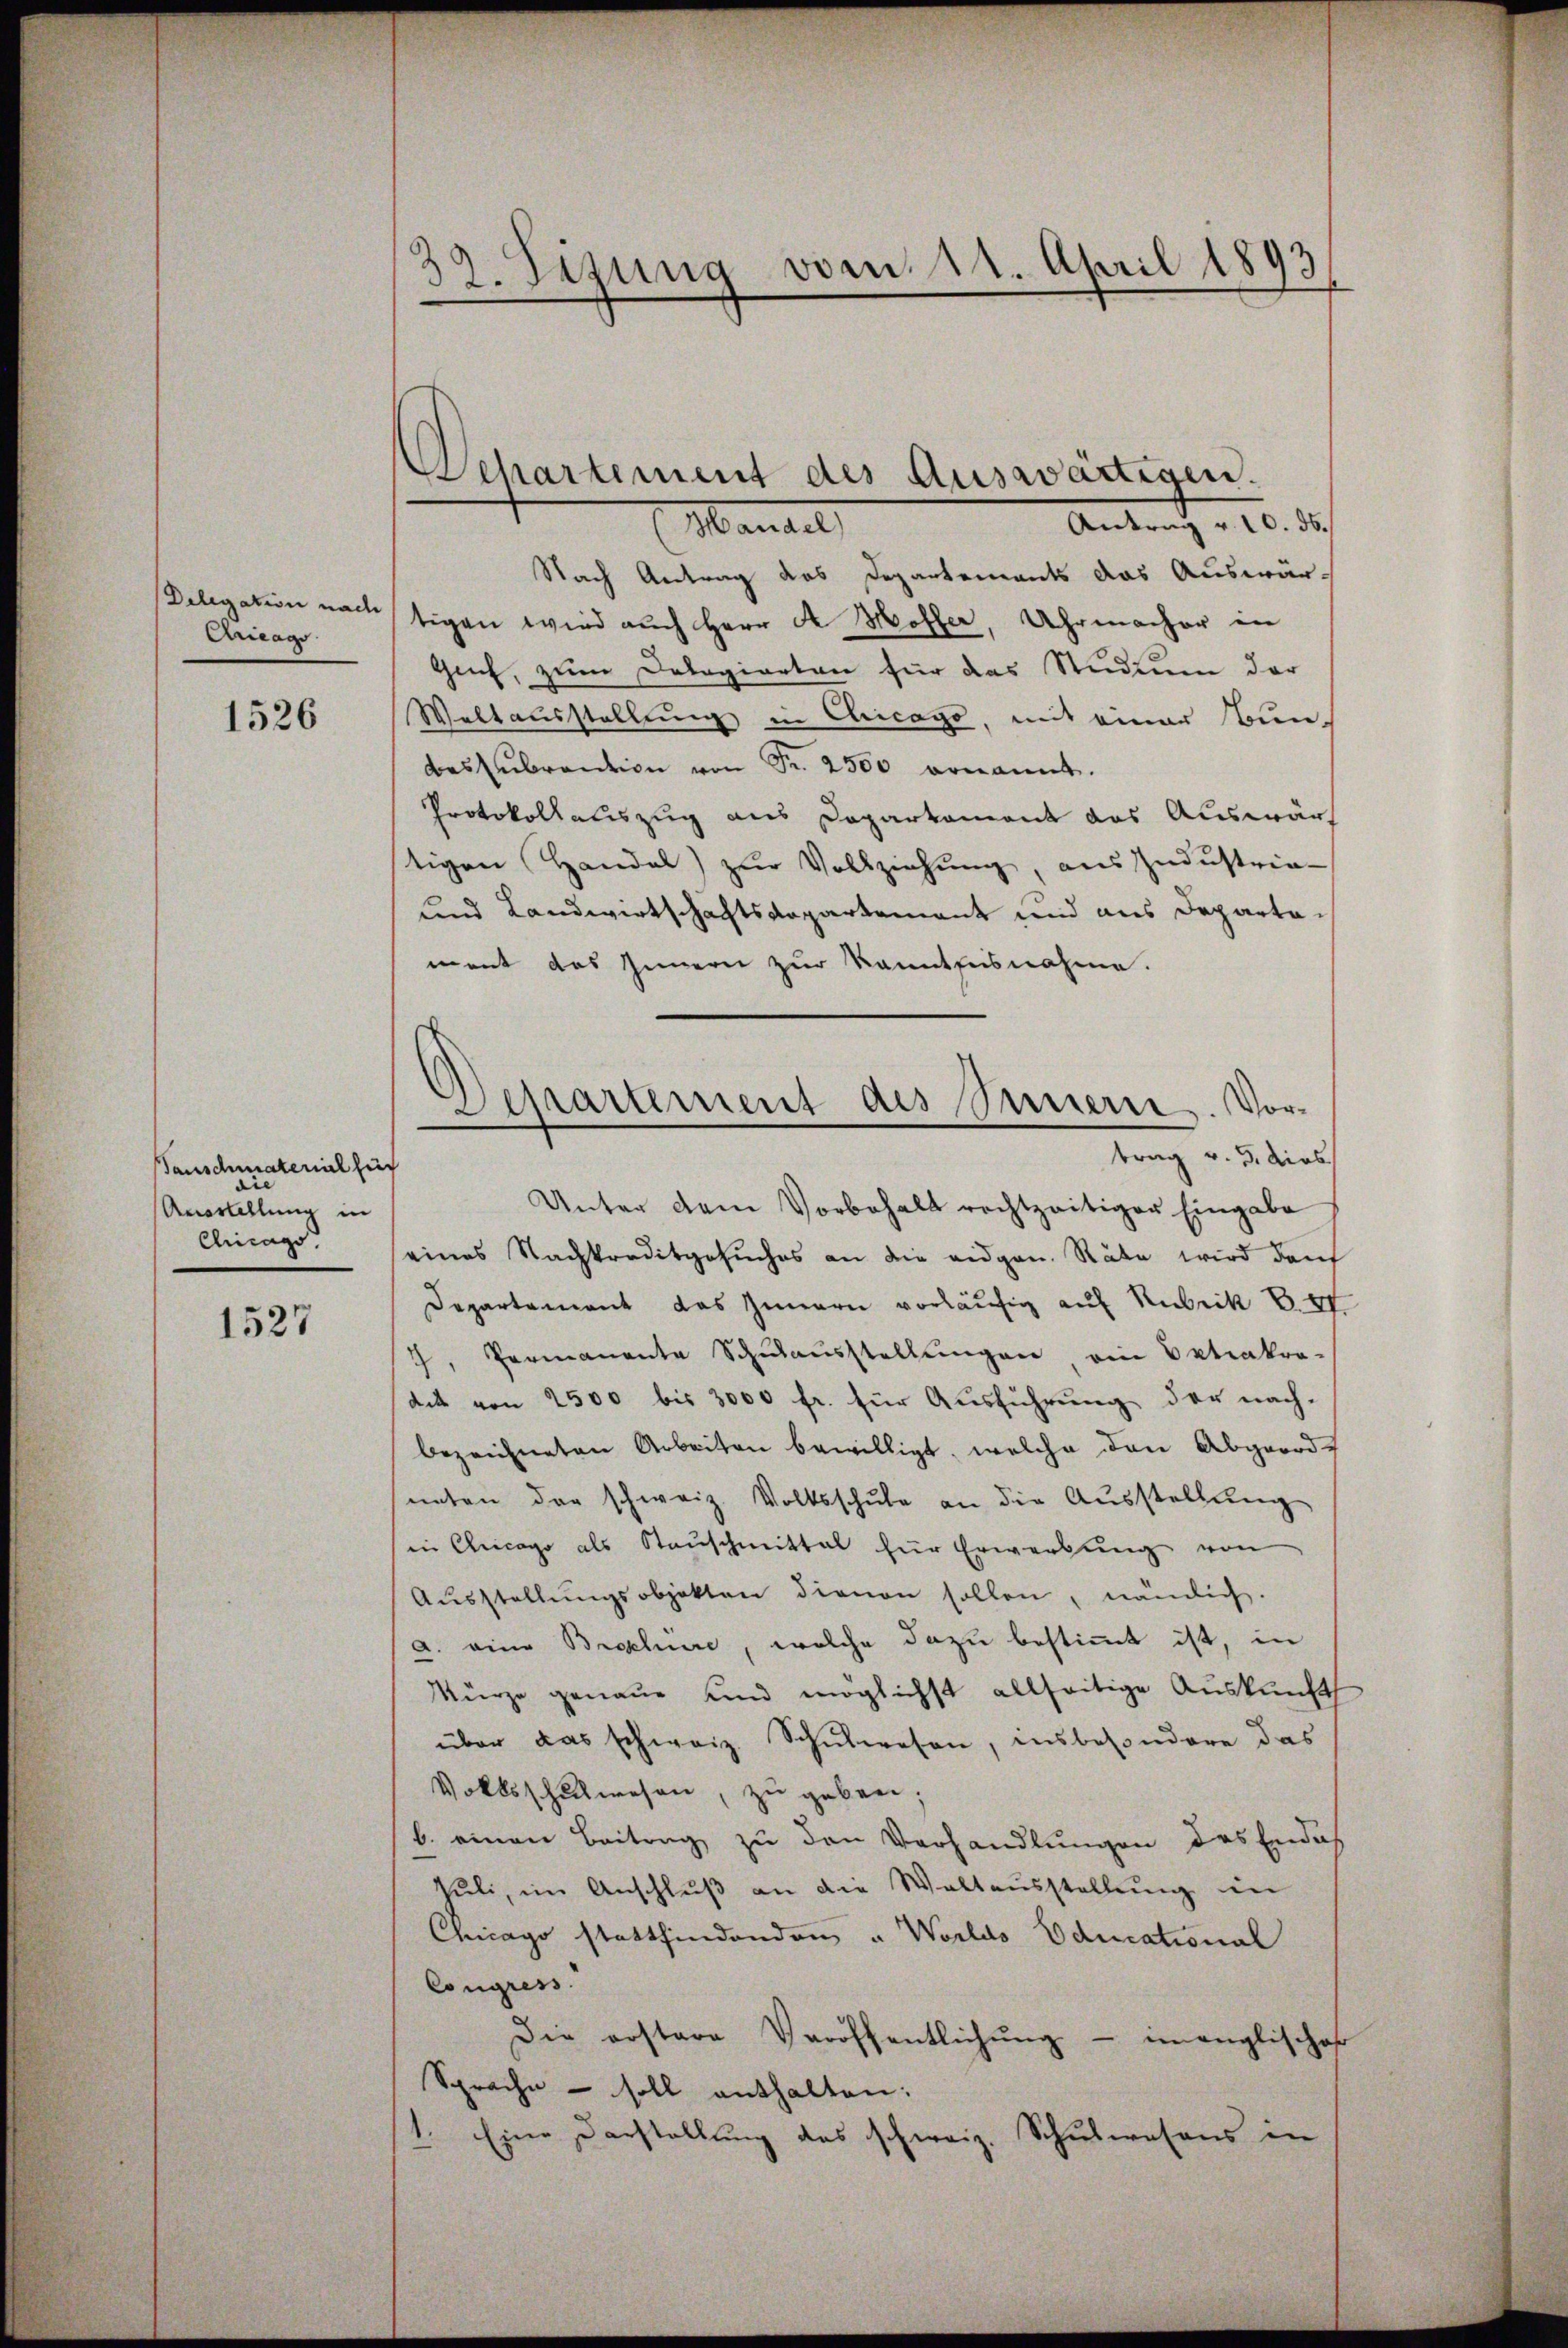
Delegation nach
Aricago

1526

sanschmaterial für
Anortellung in
Chicags.

1527

39. Sezung vom 11. April 1893

Departement des Auswärtigen.
Antrag v. 10. ds.
Mantel,

Departement des Sinnern. Vortrag v. 5. dies

Nach Antrag das Departements das Auswär-
tigen wird auch Herr Dr Hoffer, Uhrmacher in
Guch, zum Dorogierten für das Studium der
Weltausstellung in Chicago, mit einer Bun-
desŭbrantion von Fr. 2500 ernannt.
Protokollauszug aus Departement das Auswärt
tigen Handal) zŭr Vollziehŭng, aus Industria-
und Landwirtschachtsdepartement und aus Departament das Innern zur kanntnisnahme.
Unter dem Vorbehalt rechtzeitiger Eingabe
eines Nachkreditgesuches an die eidgen. Räte wird durch
Departement das Innern vorläufig auf Rubrik Be
7, Permanente Schulausstellungen ein Optiakro-
dit von 2500 bis 3000 fr. für Ausführung der nach-
bezeichneten Arbeiten bewilligt, welche den Abgeordneten der schweiz. Volksschule an die Ausstellung
in Chicago als Stauschmittal für Erwerbung von
Aŭsstellŭngsobjekten dienen sollen, nämlich.
a. eine Brochüre, welche dazu bestimmt ist, in
Kürze genaue und möglichst allseitige Auskunft
über das schweiz. Schulwesen, insbesondere das
Volksschulwesen, zu geben;
b. einen Beitrag zu den Verhandlungen des Endes
suli, im Anschluß an die Waltausstellung in
Chicago stattfindenden u Worldo Oducational
Congress
Die erstare Veröffentlichŭng - imanglischaf
Sprache - soll enthalten:
1. Eine Darstellung des schweiz. Schulwesens in